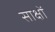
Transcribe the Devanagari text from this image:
साक्षों